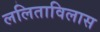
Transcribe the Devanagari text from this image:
ललिताविलास